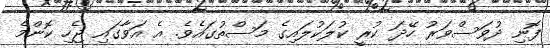
ފޮނި ދުވަސްވަރު ހޭދަ ކުރީ ކުލަކުލައިގެ މަސްތުގައެވެ. އެ އަވާގައި ޖެހި ކޮންމެ